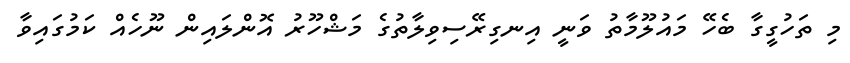
މި ތަހުގީގާ ބެހޭ މައުލޫމާތު ވަނީ އިނގިރޭސިވިލާތުގެ މަޝްހޫރު އޮންލައިން ނޫހެއް ކަމުގައިވާ